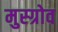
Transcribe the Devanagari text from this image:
मुस्ग्रोव